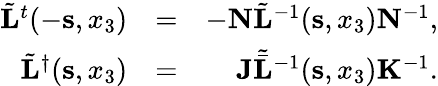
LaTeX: \begin{array}{rlr}{\tilde{\mathbf L}^{t}(-{\mathbf s},x_{3})}&{=}&{-{\mathbf N}\tilde{\mathbf L}^{-1}({\mathbf s},x_{3}){\mathbf N}^{-1},}\\ {\tilde{\mathbf L}^{\dagger}({\mathbf s},x_{3})}&{=}&{{\mathbf J}{\tilde{\bar{\mathbf L}}}^{-1}({\mathbf s},x_{3}){\mathbf K}^{-1}.}\end{array}